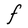
Character: F